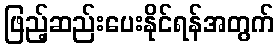
ဖြည့်ဆည်းပေးနိုင်ရန်အတွက်